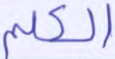
الكلم